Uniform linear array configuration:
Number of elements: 8
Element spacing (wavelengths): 0.5
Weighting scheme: blackman
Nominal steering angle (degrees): -60
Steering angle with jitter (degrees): -59.175
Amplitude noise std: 0.05
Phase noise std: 0.05

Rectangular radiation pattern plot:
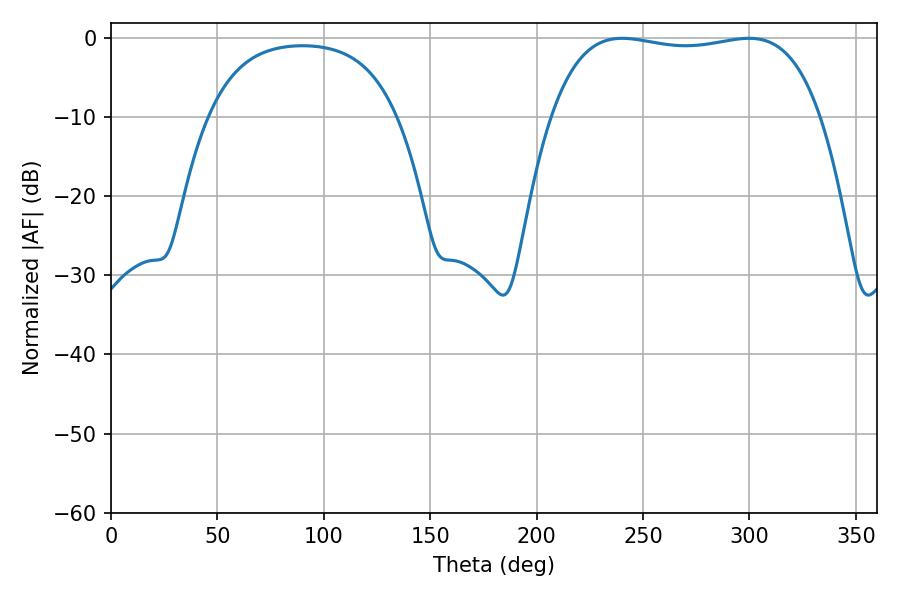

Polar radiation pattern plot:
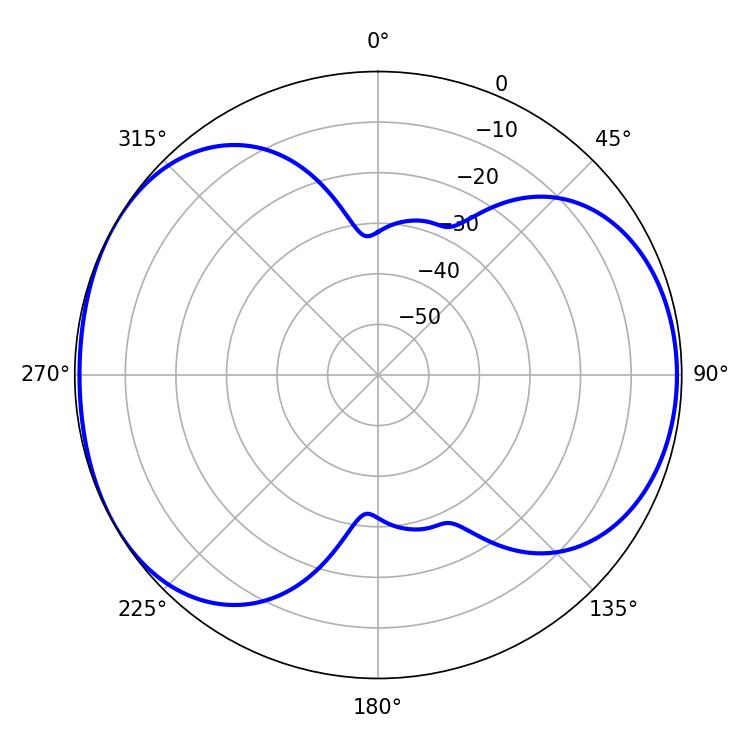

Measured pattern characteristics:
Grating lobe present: FALSE
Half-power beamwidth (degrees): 101.16
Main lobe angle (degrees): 240.12